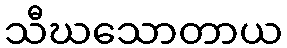
သီဃသောတာယ